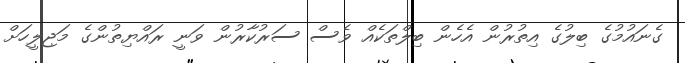
ގެނައުމުގެ ބިލުގެ އިތުރުން އެހެން ބިލްތަކެއް ވެސް ސަރުކާރުން ވަނީ ރައްޔިތުންގެ މަޖިލީހަށް